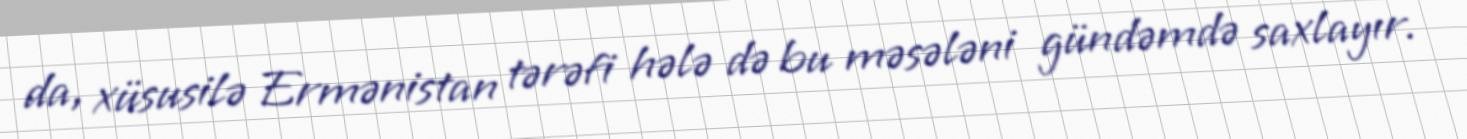
da, xüsusilə Ermənistan tərəfi hələ də bu məsələni gündəmdə saxlayır.